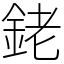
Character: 銠